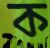
ক